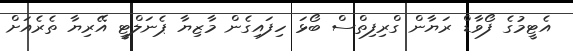
އެޓީމުގެ ފޯވާޑް ރަޔާން ގްރިފިތްސް ބޯޅަ ހިފައިގެން މާޒިޔާ ޕެނަލްޓީ އޭރިޔާ ތެރެއަށް